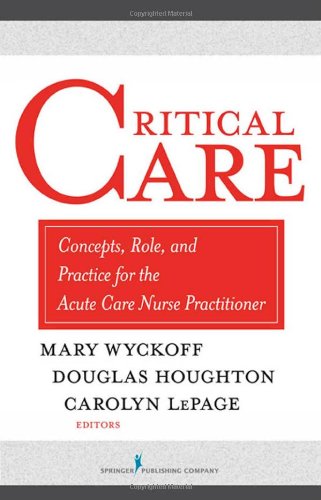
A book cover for Critical Care: Concepts, Role, and Practice for the Acute Care Nurse Practitioner; Medical Books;